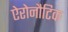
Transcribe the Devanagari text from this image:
ऐरोनौटिक